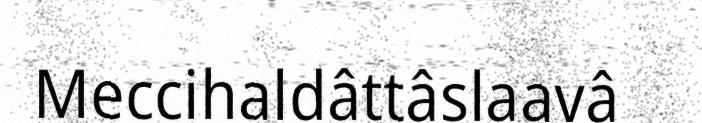
Meccihaldâttâslaavâ